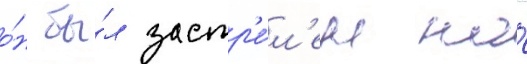
о́н бы́л застр'е́л'ен на́